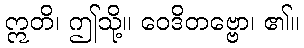
ဣတိ၊ ဤသို့။ ဝေဒိတဗ္ဗော၊ ၏။